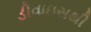
ડીવાઇસથી